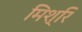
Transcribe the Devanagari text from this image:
मिश्रि